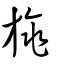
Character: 旐